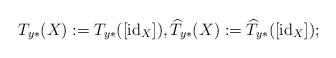
LaTeX: \begin{align*}T_{y*}(X) := T_{y*}([\mathrm{id}_X]), \widehat{T}_{y*}(X) := \widehat{T}_{y*}([\mathrm{id}_X]);\end{align*}